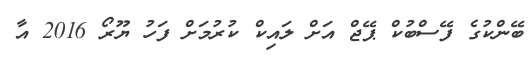
ބޭންކުގެ ފޭސްބުކް ޕޭޖް އަށް ލައިކް ކުރުމަށް ފަހު ޔޫރޯ 2016 އާ